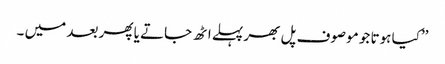
’’کیا ہوتا جو موصوف پل بھر پہلے اٹھ جاتے یا پھر بعد میں ۔